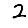
Digit: 2